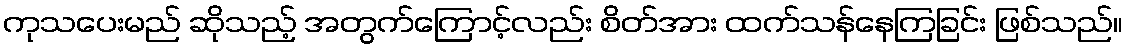
ကုသပေးမည် ဆိုသည့် အတွက်ကြောင့်လည်း စိတ်အား ထက်သန်နေကြခြင်း ဖြစ်သည်။